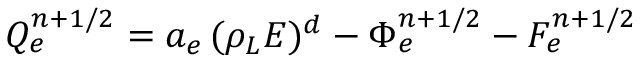
{ Q } _ { e } ^ { n + 1 / 2 } = a _ { e } \, ( \rho _ { L } E ) ^ { d } - { \Phi } _ { e } ^ { n + 1 / 2 } - F _ { e } ^ { n + 1 / 2 }